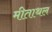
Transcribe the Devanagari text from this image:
मीताथल